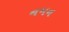
નમન